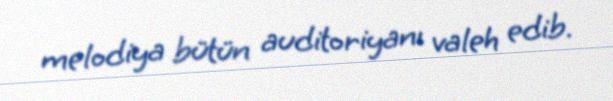
melodiya bütün auditoriyanı valeh edib.